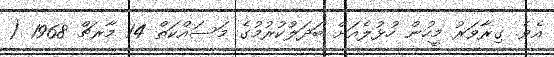
އެވެ. ގިރާވަރު މީހުން ހުޅުލެއަށް ބަދަލުކުރުމުގެ މަސައްކަތް 14 މާރޗް 1968 (